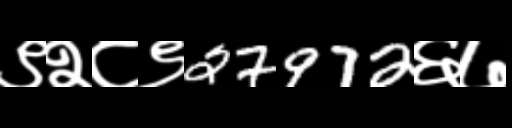
Text: ९२८९27972६७